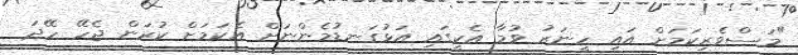
"މަސްވެރިކަމަށް އައި ހީނަރު ވުމާ އެކީގައި އަޅުގަނޑުމެންނަށް އެކަމަށް ކުރަން ޖެހޭ ހޭދަ